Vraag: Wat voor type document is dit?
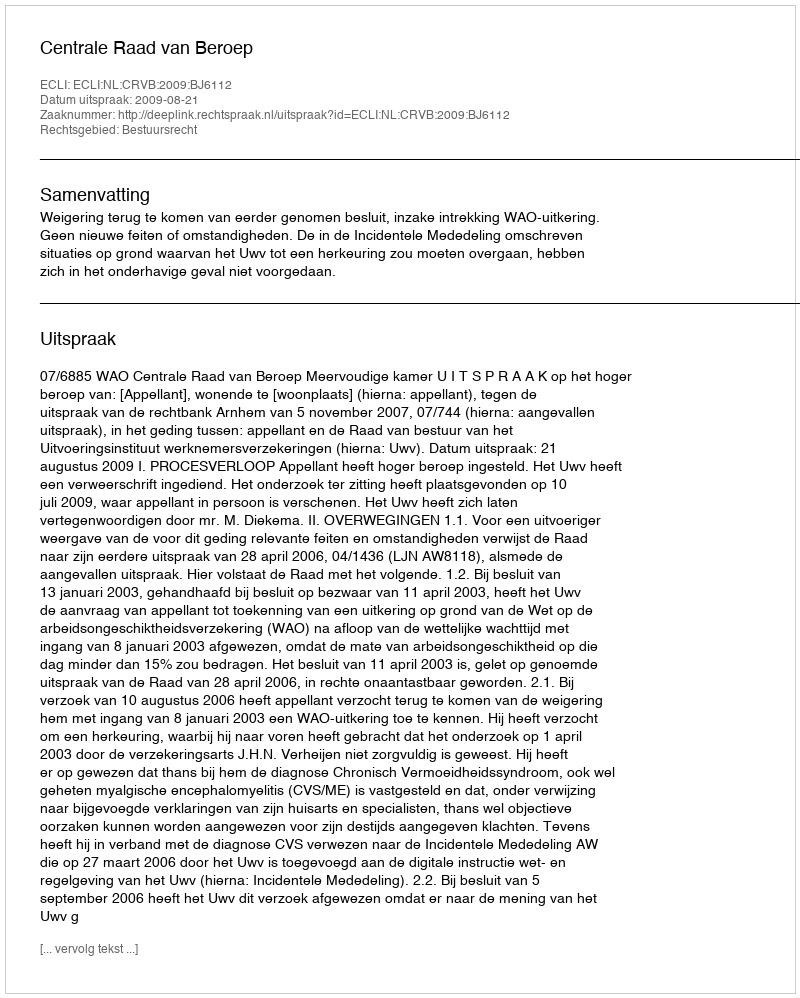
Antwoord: Uitspraak